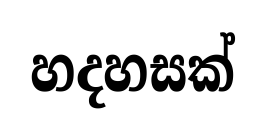
හදහසක්